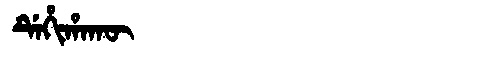
Manchu: ᡩᡝᡥᡳᡥᠠᡴᡡ
Romanization: DEHIHAKŪ